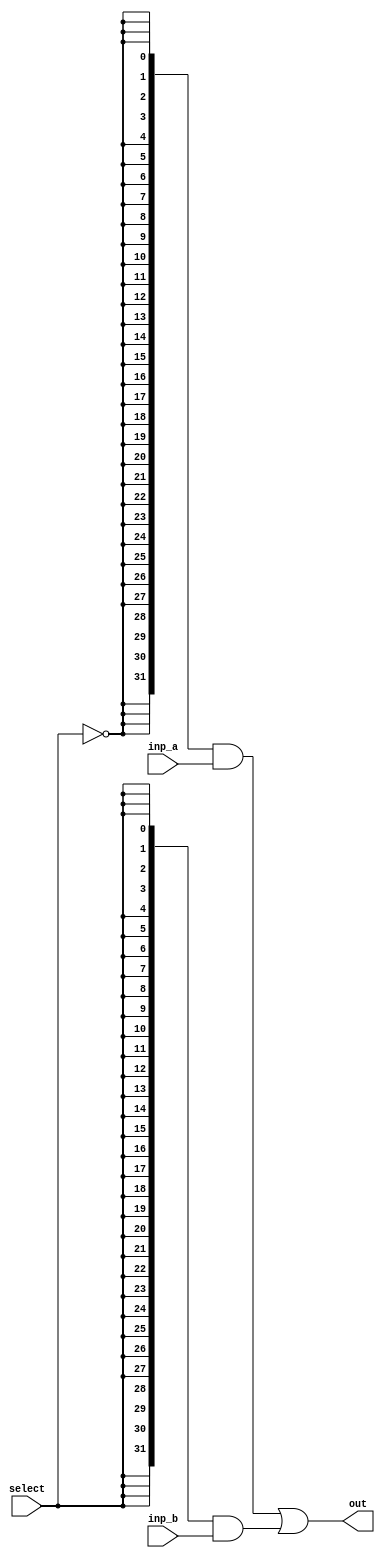
`timescale 1ns / 1ps

module mux(
    input [31:0] inp_a,
    input [31:0] inp_b,
    input select,
    output [31:0] out
    );
    
    assign out = ({32{~select}} & inp_a[31:0]) | ({32{select}} & inp_b[31:0]);
endmodule